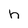
Character: n